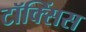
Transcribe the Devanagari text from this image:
टॉक्सिंस